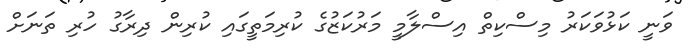
ވަނީ ކަޅުވަކަރު މިސްކިތް އިސްލާމީ މަރުކަޒުގެ ކުރިމަތީގައި ކުރިން ދިރާގު ހުރި ތަނަށް